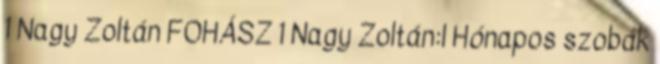
1 Nagy Zoltán FOHÁSZ 1 Nagy Zoltán:l Hónapos szobák